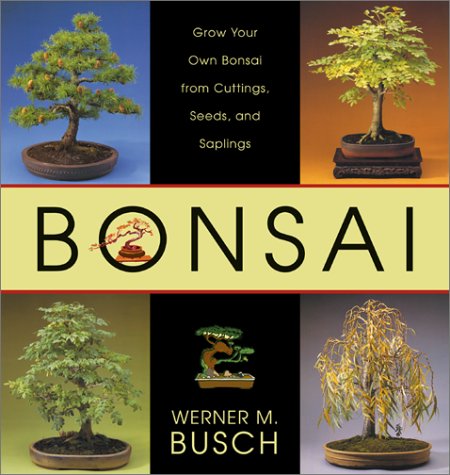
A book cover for Bonsai: Grow Your Own Bonsai from Cuttings, Seeds, and Saplings; Werner M. Busch; Crafts, Hobbies & Home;